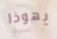
يهوذا